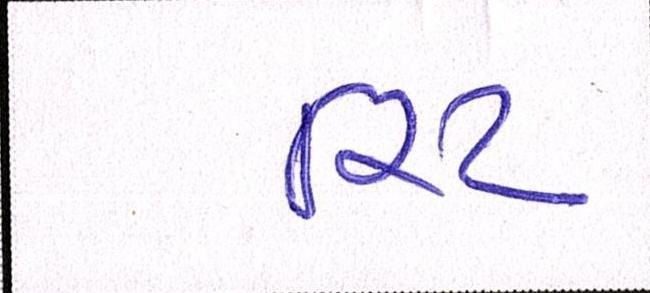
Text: રિટ